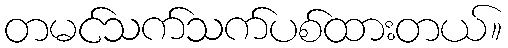
တမင်သက်သက်ပစ်ထားတယ်။